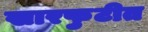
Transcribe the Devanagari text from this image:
खारफुटीत